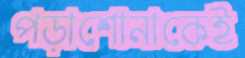
পড়াশোনাকেই